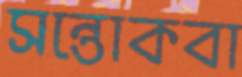
সন্তোকবা